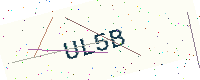
Text: UL5B